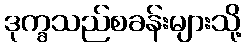
ဒုက္ခသည်စခန်းများသို့